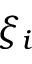
\xi _ { i }